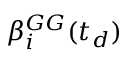
\beta _ { i } ^ { G G } ( t _ { d } )